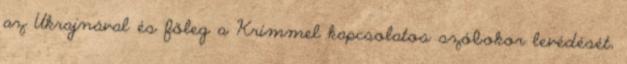
az Ukrajnával és főleg a Krímmel kapcsolatos szóbokor levédését,